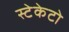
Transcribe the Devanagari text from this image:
स्टेकेटो